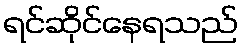
ရင်ဆိုင်နေရသည်